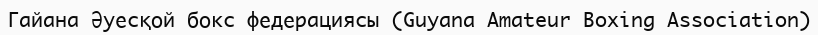
Гайана Әуесқой бокс федерациясы (Guyana Amateur Boxing Association)